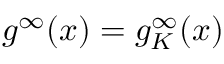
g ^ { \infty } ( x ) = g _ { K } ^ { \infty } ( x )